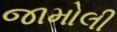
જામોલી